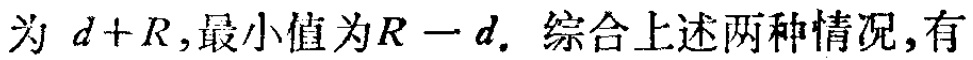
为 \(d + R\)，最小值为 \(R - d\). 综合上述两种情况，有